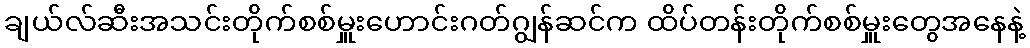
ချယ်လ်ဆီးအသင်းတိုက်စစ်မှူးဟောင်းဂတ်ဂျွန်ဆင်က ထိပ်တန်းတိုက်စစ်မှူးတွေအနေနဲ့